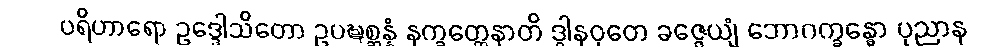
ပရိဟာရော ဥဒ္ဒေါသိတော ဥပဍ္ဎစ္ဆန္နံ နက္ခတ္တေနာတိ ဒွါနဝုတေ ခဇ္ဇေယျံ ဘောဂက္ခန္ဓော ပုညာန